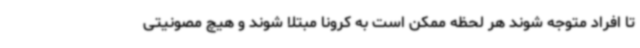
تا افراد متوجه شوند هر لحظه ممکن است به کرونا مبتلا شوند و هیچ مصونیتی